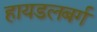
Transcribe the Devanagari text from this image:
हायडलबर्ग